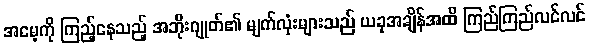
အမေ့ကို ကြည့်နေသည့် အဘိုးဂျုတ်၏ မျက်လုံးများသည် ယခုအချိန်အထိ ကြည်ကြည်လင်လင်